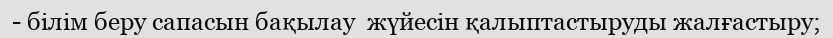
- білім беру сапасын бақылау  жүйесін қалыптастыруды жалғастыру;